Problem: 7 × 8 = ?
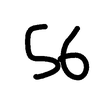
Handwritten answer: 56